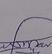
Signature authenticity: genuine